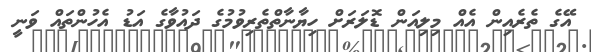
އޭގެ ތެރެއިން އެއް މިލިއަން ޑޮލަރަށް ހިޔާނާތްތެރިވުމުގެ ދައުވާގެ އަޑު އެހުންތައް ވަނީ